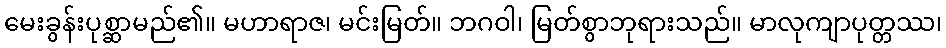
မေးခွန်းပုစ္ဆာမည်၏။ မဟာရာဇ၊ မင်းမြတ်။ ဘဂဝါ၊ မြတ်စွာဘုရားသည်။ မာလုကျာပုတ္တဿ၊